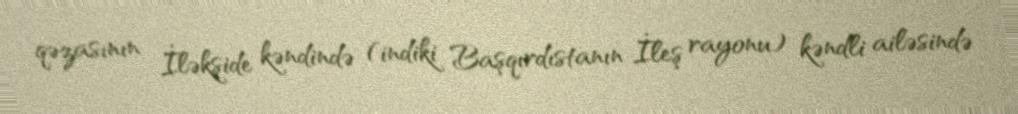
qəzasının İləkşide kəndində (indiki Başqırdıstanın İleş rayonu) kəndli ailəsində